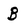
Character: B